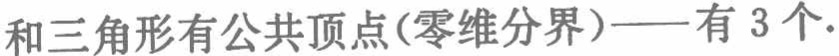
和三角形有公共顶点(零维分界)——有 3 个.